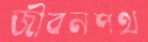
জীবনপথ